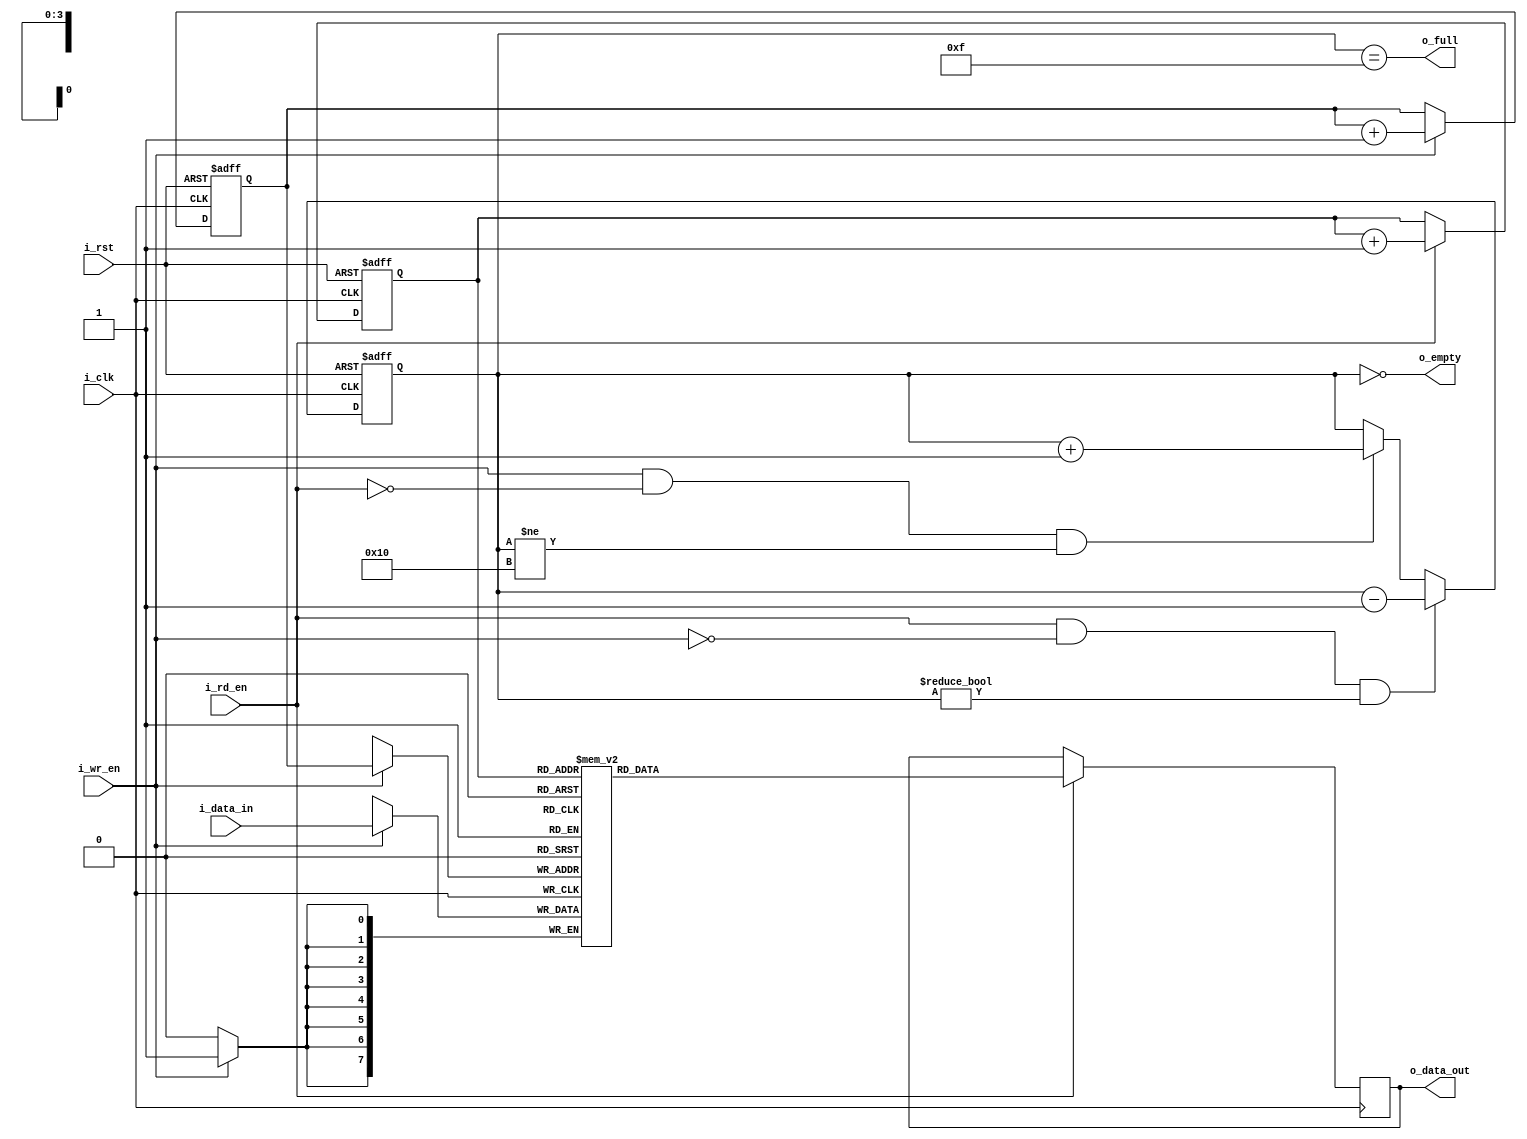
module sync_fifo #(
    parameter DATA_WIDTH = 8,
    parameter FIFO_DEPTH = 16
)(
    input wire i_clk,
    input wire i_rst,
    input wire i_rd_en,
    input wire i_wr_en,
    input wire [DATA_WIDTH-1:0] i_data_in,
    output wire o_full,
    output wire o_empty,
    output reg [DATA_WIDTH-1:0] o_data_out = 0
);

    parameter ADDR_WIDTH = $clog2(FIFO_DEPTH);
    
   //-----------Internal variables-------------------

    reg [ADDR_WIDTH-1:0] wr_pointer = 0;
    reg [ADDR_WIDTH-1:0] rd_pointer = 0;
    reg [ADDR_WIDTH:0] status_cnt = 0;
    reg [DATA_WIDTH-1:0] mem [FIFO_DEPTH-1:0];

   //-----------Variable assignments---------------

    assign o_full = (status_cnt == (FIFO_DEPTH-1));
    assign o_empty = (status_cnt == 0);

   //-----------Code Start---------------------------

    always @ (posedge i_clk or posedge i_rst)
    begin: WRITE_POINTER
        if (i_rst)
            wr_pointer <= 0;
        else if (i_wr_en)
            wr_pointer <= wr_pointer + 1;
    end

    always @ (posedge i_clk or posedge i_rst)
    begin: READ_POINTER
        if (i_rst)
            rd_pointer <= 0;
        else if (i_rd_en)
            rd_pointer <= rd_pointer + 1;
    end

    always @ (posedge i_clk or posedge i_rst)
    begin: STATUS_COUNTER
        if (i_rst)
            status_cnt <= 0;

        else if (i_rd_en && (!i_wr_en) && (status_cnt != 0))
            status_cnt <= status_cnt - 1;

        else if (i_wr_en && (!i_rd_en) && (status_cnt != FIFO_DEPTH))
            status_cnt <= status_cnt + 1;
    end

    always @ (posedge i_clk)
    begin: RAM
        if (i_wr_en)
            mem[wr_pointer] <= i_data_in;

        if (i_rd_en)
            o_data_out <= mem[rd_pointer];
    end

endmodule